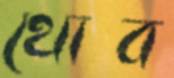
থোব